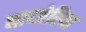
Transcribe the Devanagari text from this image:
नाय्जेरिया